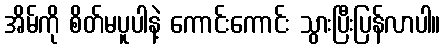
အိမ်ကို စိတ်မပူပါနဲ့ ကောင်းကောင်း သွားပြီးပြန်လာပါ။